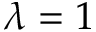
\lambda = 1